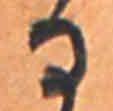
る